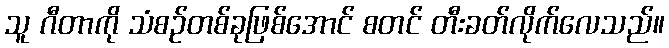
သူ ဂီတာကို သံစဉ်တစ်ခုဖြစ်အောင် စတင် တီးခတ်လိုက်လေသည်။